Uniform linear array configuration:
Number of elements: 16
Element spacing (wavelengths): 0.5
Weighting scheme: kaiser
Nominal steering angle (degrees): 30
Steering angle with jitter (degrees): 30.439
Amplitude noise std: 0.05
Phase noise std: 0.05

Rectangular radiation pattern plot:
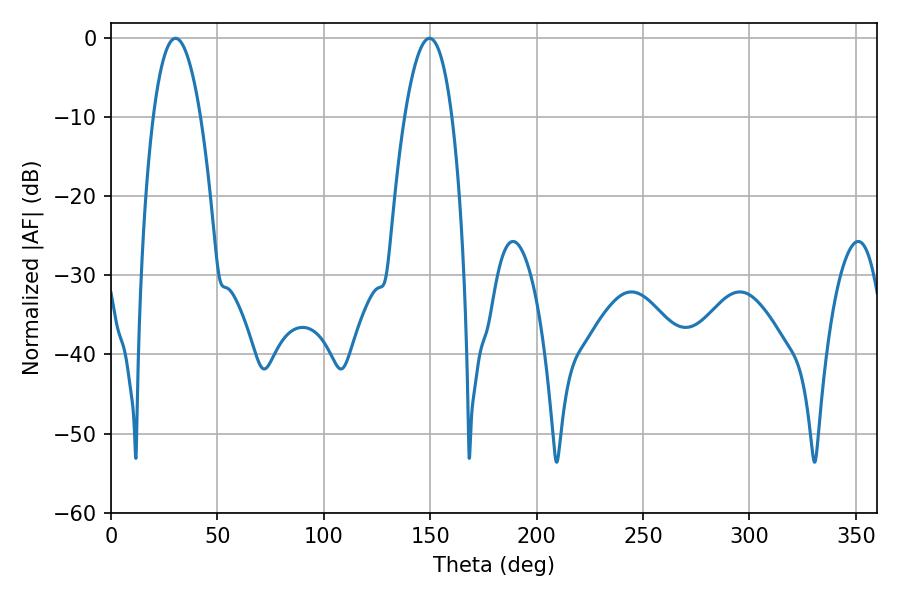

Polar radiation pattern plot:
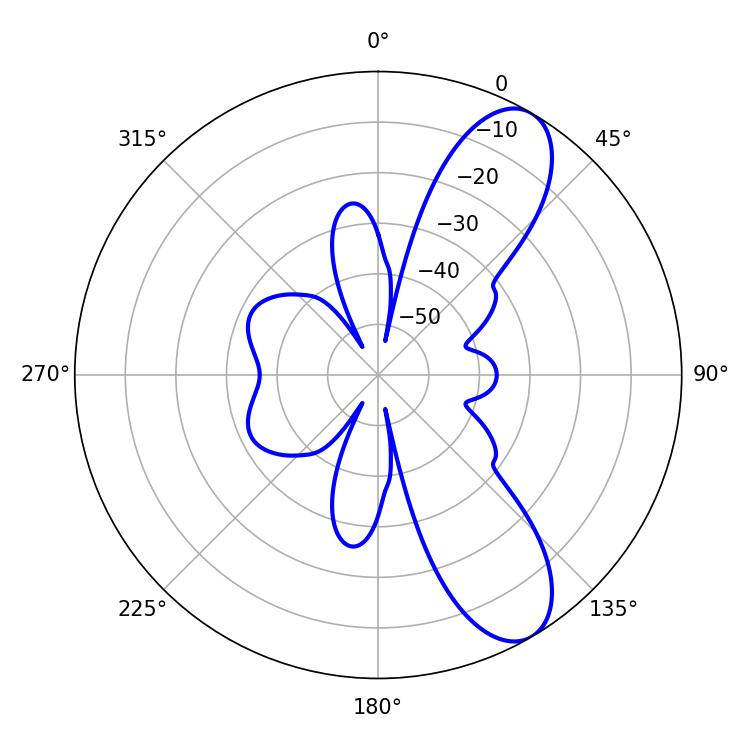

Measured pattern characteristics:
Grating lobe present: FALSE
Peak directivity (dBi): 9.336
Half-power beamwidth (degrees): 12.42
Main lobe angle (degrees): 30.24